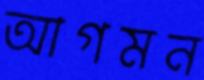
আগমন